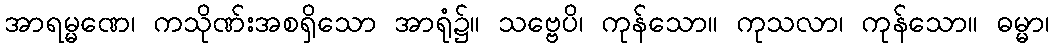
အာရမ္မဏေ၊ ကသိုဏ်းအစရှိသော အာရုံ၌။ သဗ္ဗေပိ၊ ကုန်သော။ ကုသလာ၊ ကုန်သော။ ဓမ္မာ၊